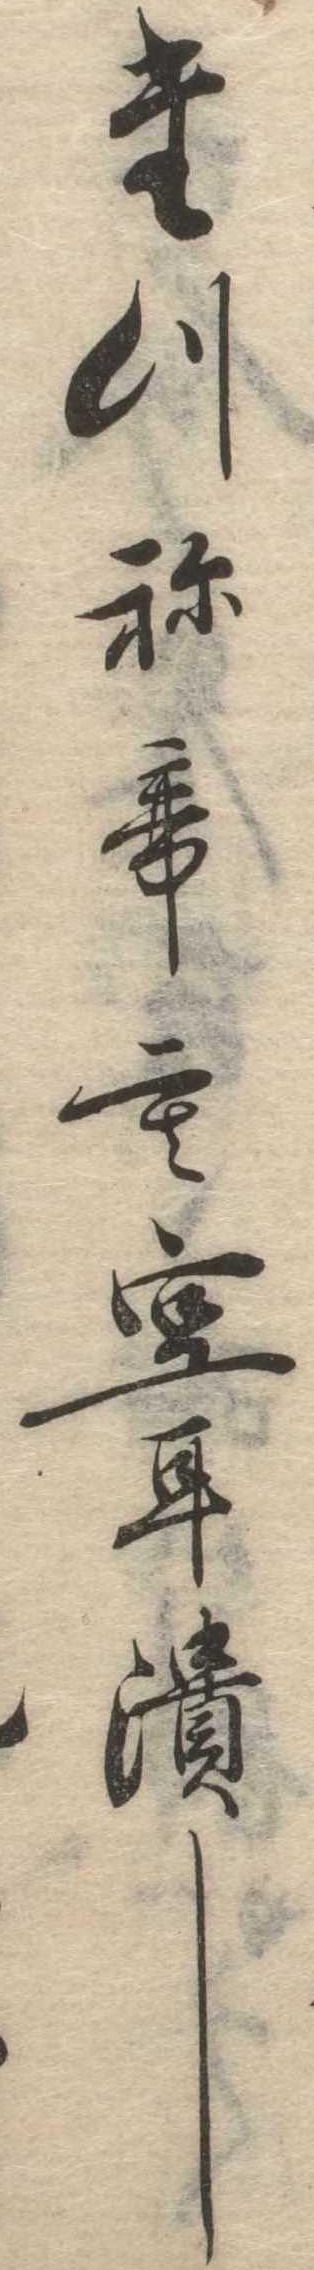
たつねても空耳潰し